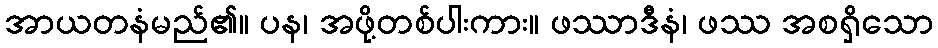
အာယတနံမည်၏။ ပန၊ အဖို့တစ်ပါးကား။ ဖဿာဒီနံ၊ ဖဿ အစရှိသော